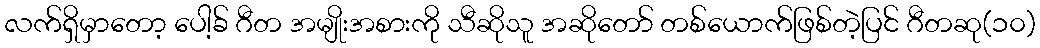
လက်ရှိမှာတော့ ပေါ့ခ် ဂီတ အမျိုးအစားကို သီဆိုသူ အဆိုတော် တစ်ယောက်ဖြစ်တဲ့ပြင် ဂီတဆု(၁၀)